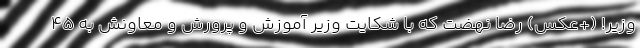
وزیر! (+عکس) رضا نهضت که با شکایت وزیر آموزش و پرورش و معاونش به 45